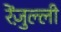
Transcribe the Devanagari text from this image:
रेंज़ुल्ली